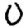
Digit: 0